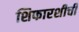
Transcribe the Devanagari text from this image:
शिफारशीची